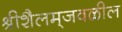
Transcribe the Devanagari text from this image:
श्रीशैलम्‌जवळील